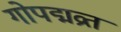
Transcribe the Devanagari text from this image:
गोपद्मव्रत